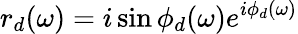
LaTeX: r_{d}(\omega)=i\sin{\phi_{d}(\omega)}e^{i\phi_{d}(\omega)}